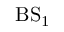
{ \mathrm { B S _ { 1 } } }